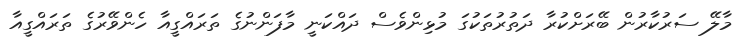
މާލޭ ސަރުކާރުން ބޭރަށްކުރާ ދަތުރުތަކުގަ މުޅިންވެސް ދައްކަނީ މާފަންނުގެ ތަރައްގީއާ ހެންވޭރުގެ ތަރައްގީއާ